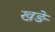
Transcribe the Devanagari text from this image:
खङे